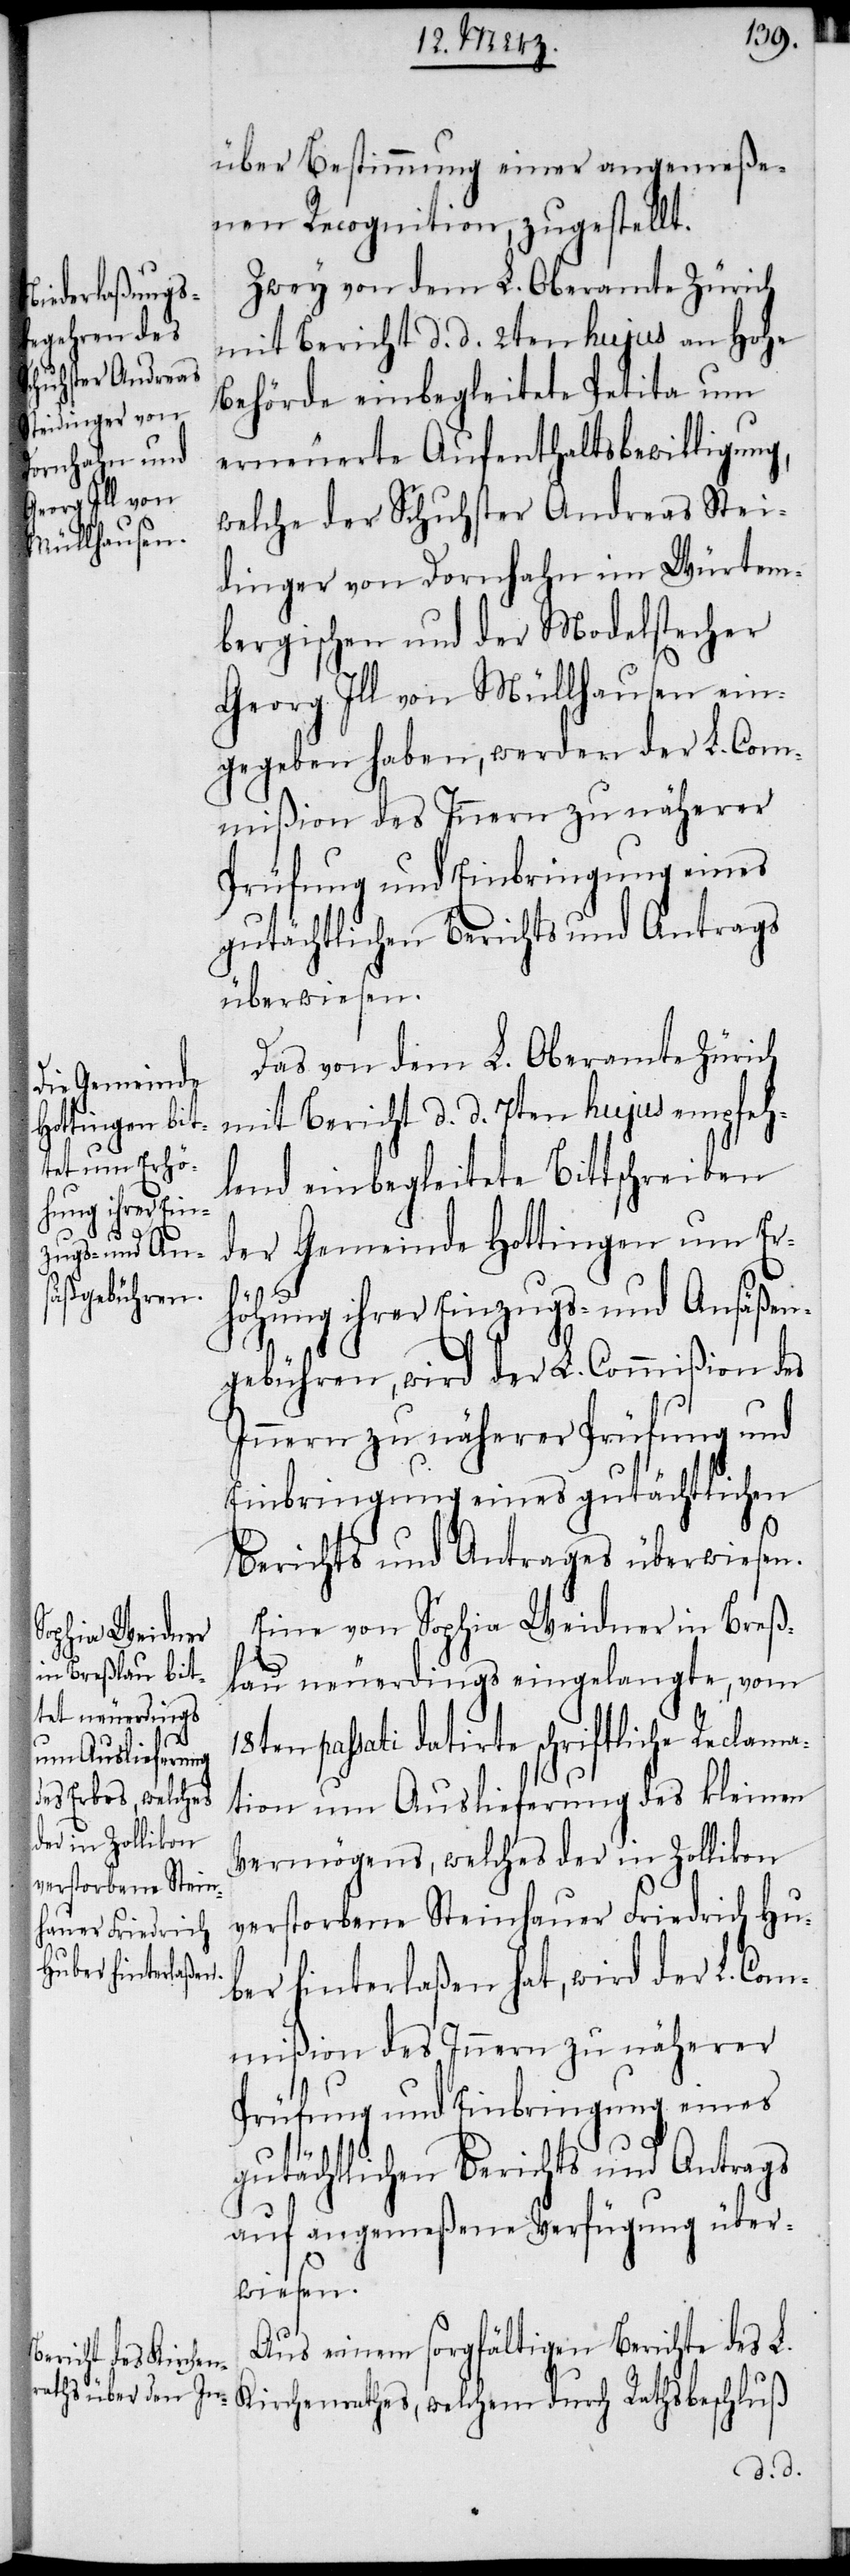
über Bestimmung einer angemeße¬
nen Recognition, zugestellt.
Zwey von dem L. Oberamte Zürich
mit Bericht d. d. 2ten hujus an Hohe
Behörde einbegleitete Petita um
erneuerte Aufenthaltsbewilligung,
welche der Schuhster Andreas Stei¬
dinger von Dornhahn im Würtem¬
bergischen und der Modelstecher
Georg Ill von Müllhausen ein¬
gegeben haben, werden der L. Com¬
mißion des Innern zu näherer
gutächtlichen Berichts und Antrags
überwiesen.
Das von dem L. Oberamte Zürich
mit Bericht d. d. 7ten hujus empfeh¬
lend einbegleitete Bittschreiben
der Gemeinde Hottingen um Er¬
höhung ihrer Einzugs- und Ansäßen¬
gebühren, wird der L. Commißion des
Innern zu näherer Prüfung und
Einbringung eines gutächtlichen
Berichts und Antrages überwiesen.
Eine von Sophia Weidner in Breß¬
lau neuerdings eingelangte, vom
passati datirte schriftliche Reclama¬
tion um Auslieferung des kleinen
Vermögens, welches der in Zollikon
verstorbene Steinhauer Friedrich Hu¬
ber hinterlaßen hat, wird der L. Com¬
mißion des Innern zu näherer
Prüfung und Einbringung eines
gutächtlichen Berichts und Antrags
auf angemeßene Verfügung über¬
wiesen.
Aus einem sorgfältigen Berichte des L.
Kirchenrathes, welchem durch Rathsbeschluß